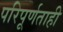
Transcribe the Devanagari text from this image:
परिपूर्णताही